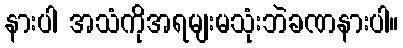
နားပါ အသံကိုအရမျးမသုံးဘဲခဏနားပါ။